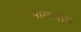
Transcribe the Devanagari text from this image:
पालनात